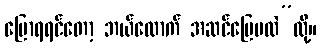
ပြောရရင်တော့ ဘယ်လောက် အဆင်ပြေမလဲ”လို့။